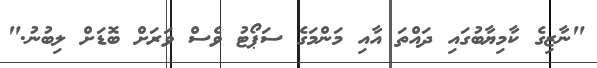
"ނާޒިގެ ކާމިޔާބުގައި ދައްތަ އާއި މަންމަގެ ސަޕޯޓު ވެސް ވަރަށް ބޮޑަށް ލިބުނު."